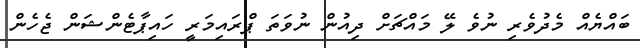
ބައްޔެއް މެދުވެރި ނުވެ ލޭ މައްޗަށް ދިއުން ނުވަތަ ޕްރައިމަރީ ހައިޕާޓެންޝަން ޖެހެން